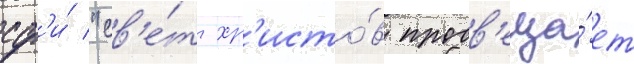
сф'и́ "св'е́т хр'исто́в просв'еща́ет